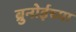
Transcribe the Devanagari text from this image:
ब्रुनोईच्या